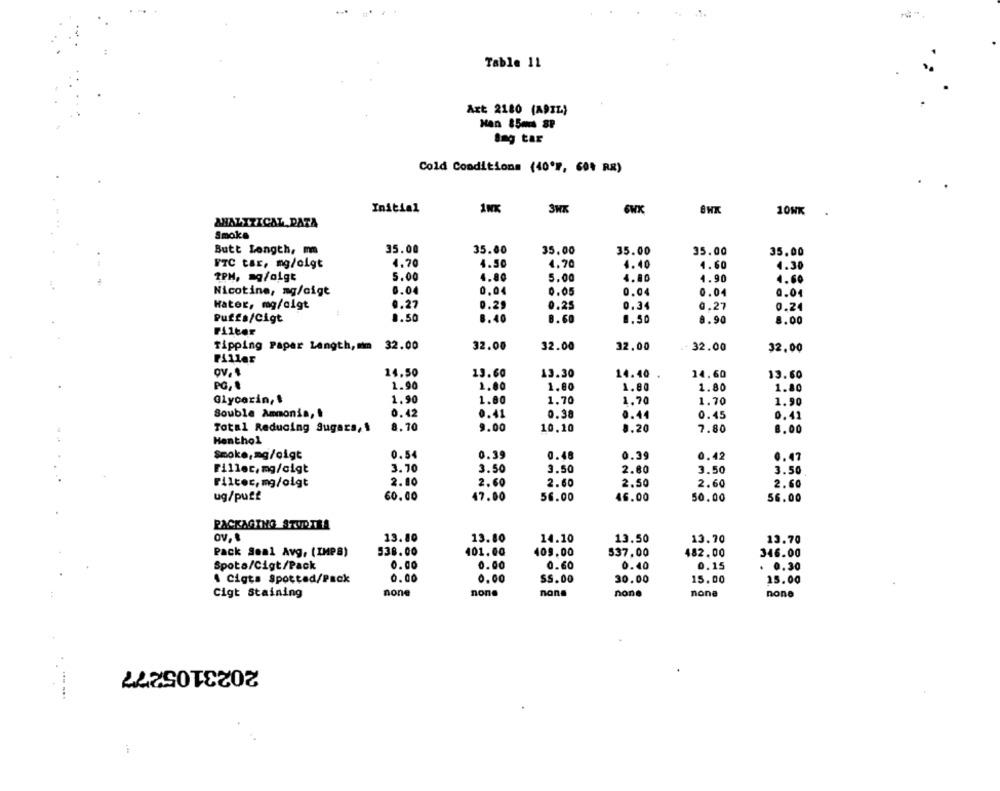
Table 11
Axt: 2180 (A9IL)
Han 85ms SP
Bag tar
Cold Conditions (40'", 604 RR)
Initial
1NK
3WK
8 WK
10NK
ANALIZICAL DATA
Smoke
Butt Length, mm
35.00
35.00
35.00
35.00
35.00
35.00
FTC tar, mg/olgt
4,70
4.50
4.70
4.40
4.60
4.30
TPM, mg/oigt
5.00
4.80
5.00
4.80
4.90
4.60
Nicotine, mg/cigt
0.04
0.04
0.05
0.04
0.04
0.04
Hater, mg/cigt
0.27
0.29
0.25
0.34
0.27
0.24
Puffa/Cigt
0.50
8.40
8. 60
0.50
8.90
8.00
Filter
Tipping Papar Length, mm 32.00
32.00
32.00
32.00
32.00
32.00
Pillar
OV. 1
14.50
13.30
13.60
14.40
14.60
13.60
PG, .
1.90
1.00
1.80
1.80
1.80
1.80
Glycerin,1
1.90
1.00
1.70
1.70
1.70
1.90
Souble Ammonia,
0.42
0.41
0.38
0.44
0.45
0.41
Total Reducing Sugars, 1
8.70
9.00
10.10
8.20
7.80
8.00
Henthol
Smoke,mg/oigt
0.54
0.39
0.48
0.39
0.42
0.47
3.70
Filler, mg/cigt
3.50
3.50
2.80
3.50
3.50
Filter, mg/olgt
2.80
2.60
2.60
2.50
2.60
2.60
ug/puff
60.00
47.00
56.00
46.00
50.00
56.00
PACKAGING STUDIEA
OV, S
13.80
13.80
14.10
13.50
13.70
13.70
Pack Seal Avg, (IMPS)
538.00
401.00
109.00
$37,00
482.00
346.00
Spota/Cigt/Pack
0.00
0.00
0.60
0.40
0.15
0.30
0.00
A Cigts Spotted/Pack
0.00
SS.00
30.00
15.00
15.00
Cigt Staining
none
none
none
none
none
none
2023105277